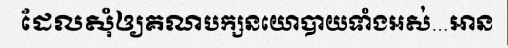
ដែលសុំឲ្យគណបក្សនយោបាយទាំងអស់...អាន